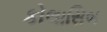
કોલાસિબ